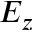
E _ { z }